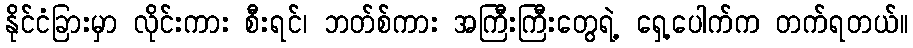
နိုင်ငံခြားမှာ လိုင်းကား စီးရင်၊ ဘတ်စ်ကား အကြီးကြီးတွေရဲ့ ရှေ့ပေါက်က တက်ရတယ်။